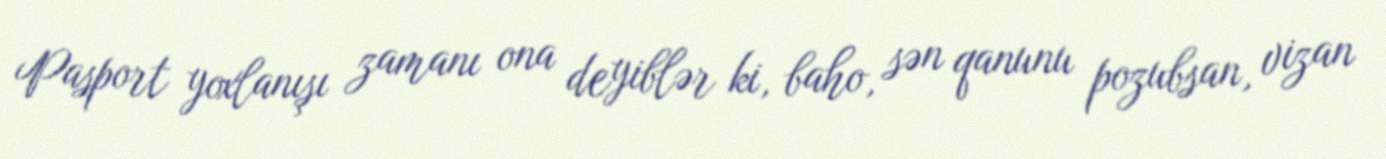
Pasport yoxlanışı zamanı ona deyiblər ki, baho, sən qanunu pozubsan, vizan